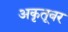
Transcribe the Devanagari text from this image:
अकृतूबर